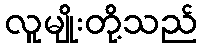
လူမျိုးတို့သည်